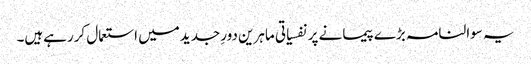
یہ سوالنامہ بڑے پیمانے پر نفسیاتی ماہرین دورِ جدیدمیں استعمال کررہےہیں۔